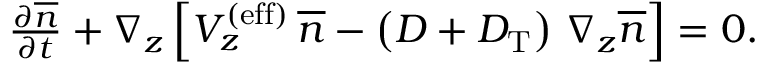
\begin{array} { r } { { \frac { \partial \overline { { n } } } { \partial t } } + \nabla _ { z } \left[ V _ { z } ^ { \mathrm { ( e f f ) } } \, \overline { { n } } - \left( D + D _ { \mathrm { T } } \right) \, \nabla _ { z } \overline { { n } } \right] = 0 . } \end{array}